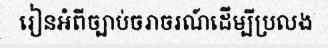
រៀនអំពីច្បាប់ចរាចរណ៍ដើម្បីប្រលង